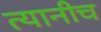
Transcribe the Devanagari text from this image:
त्यानीच